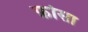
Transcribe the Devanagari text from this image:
फ़ोसा